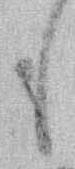
も